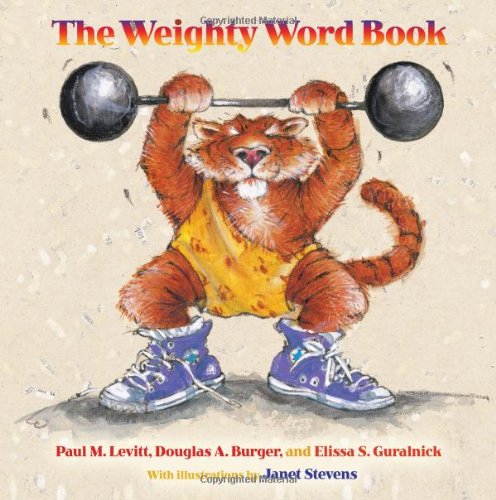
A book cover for The Weighty Word Book; Paul M. Levitt; Humor & Entertainment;